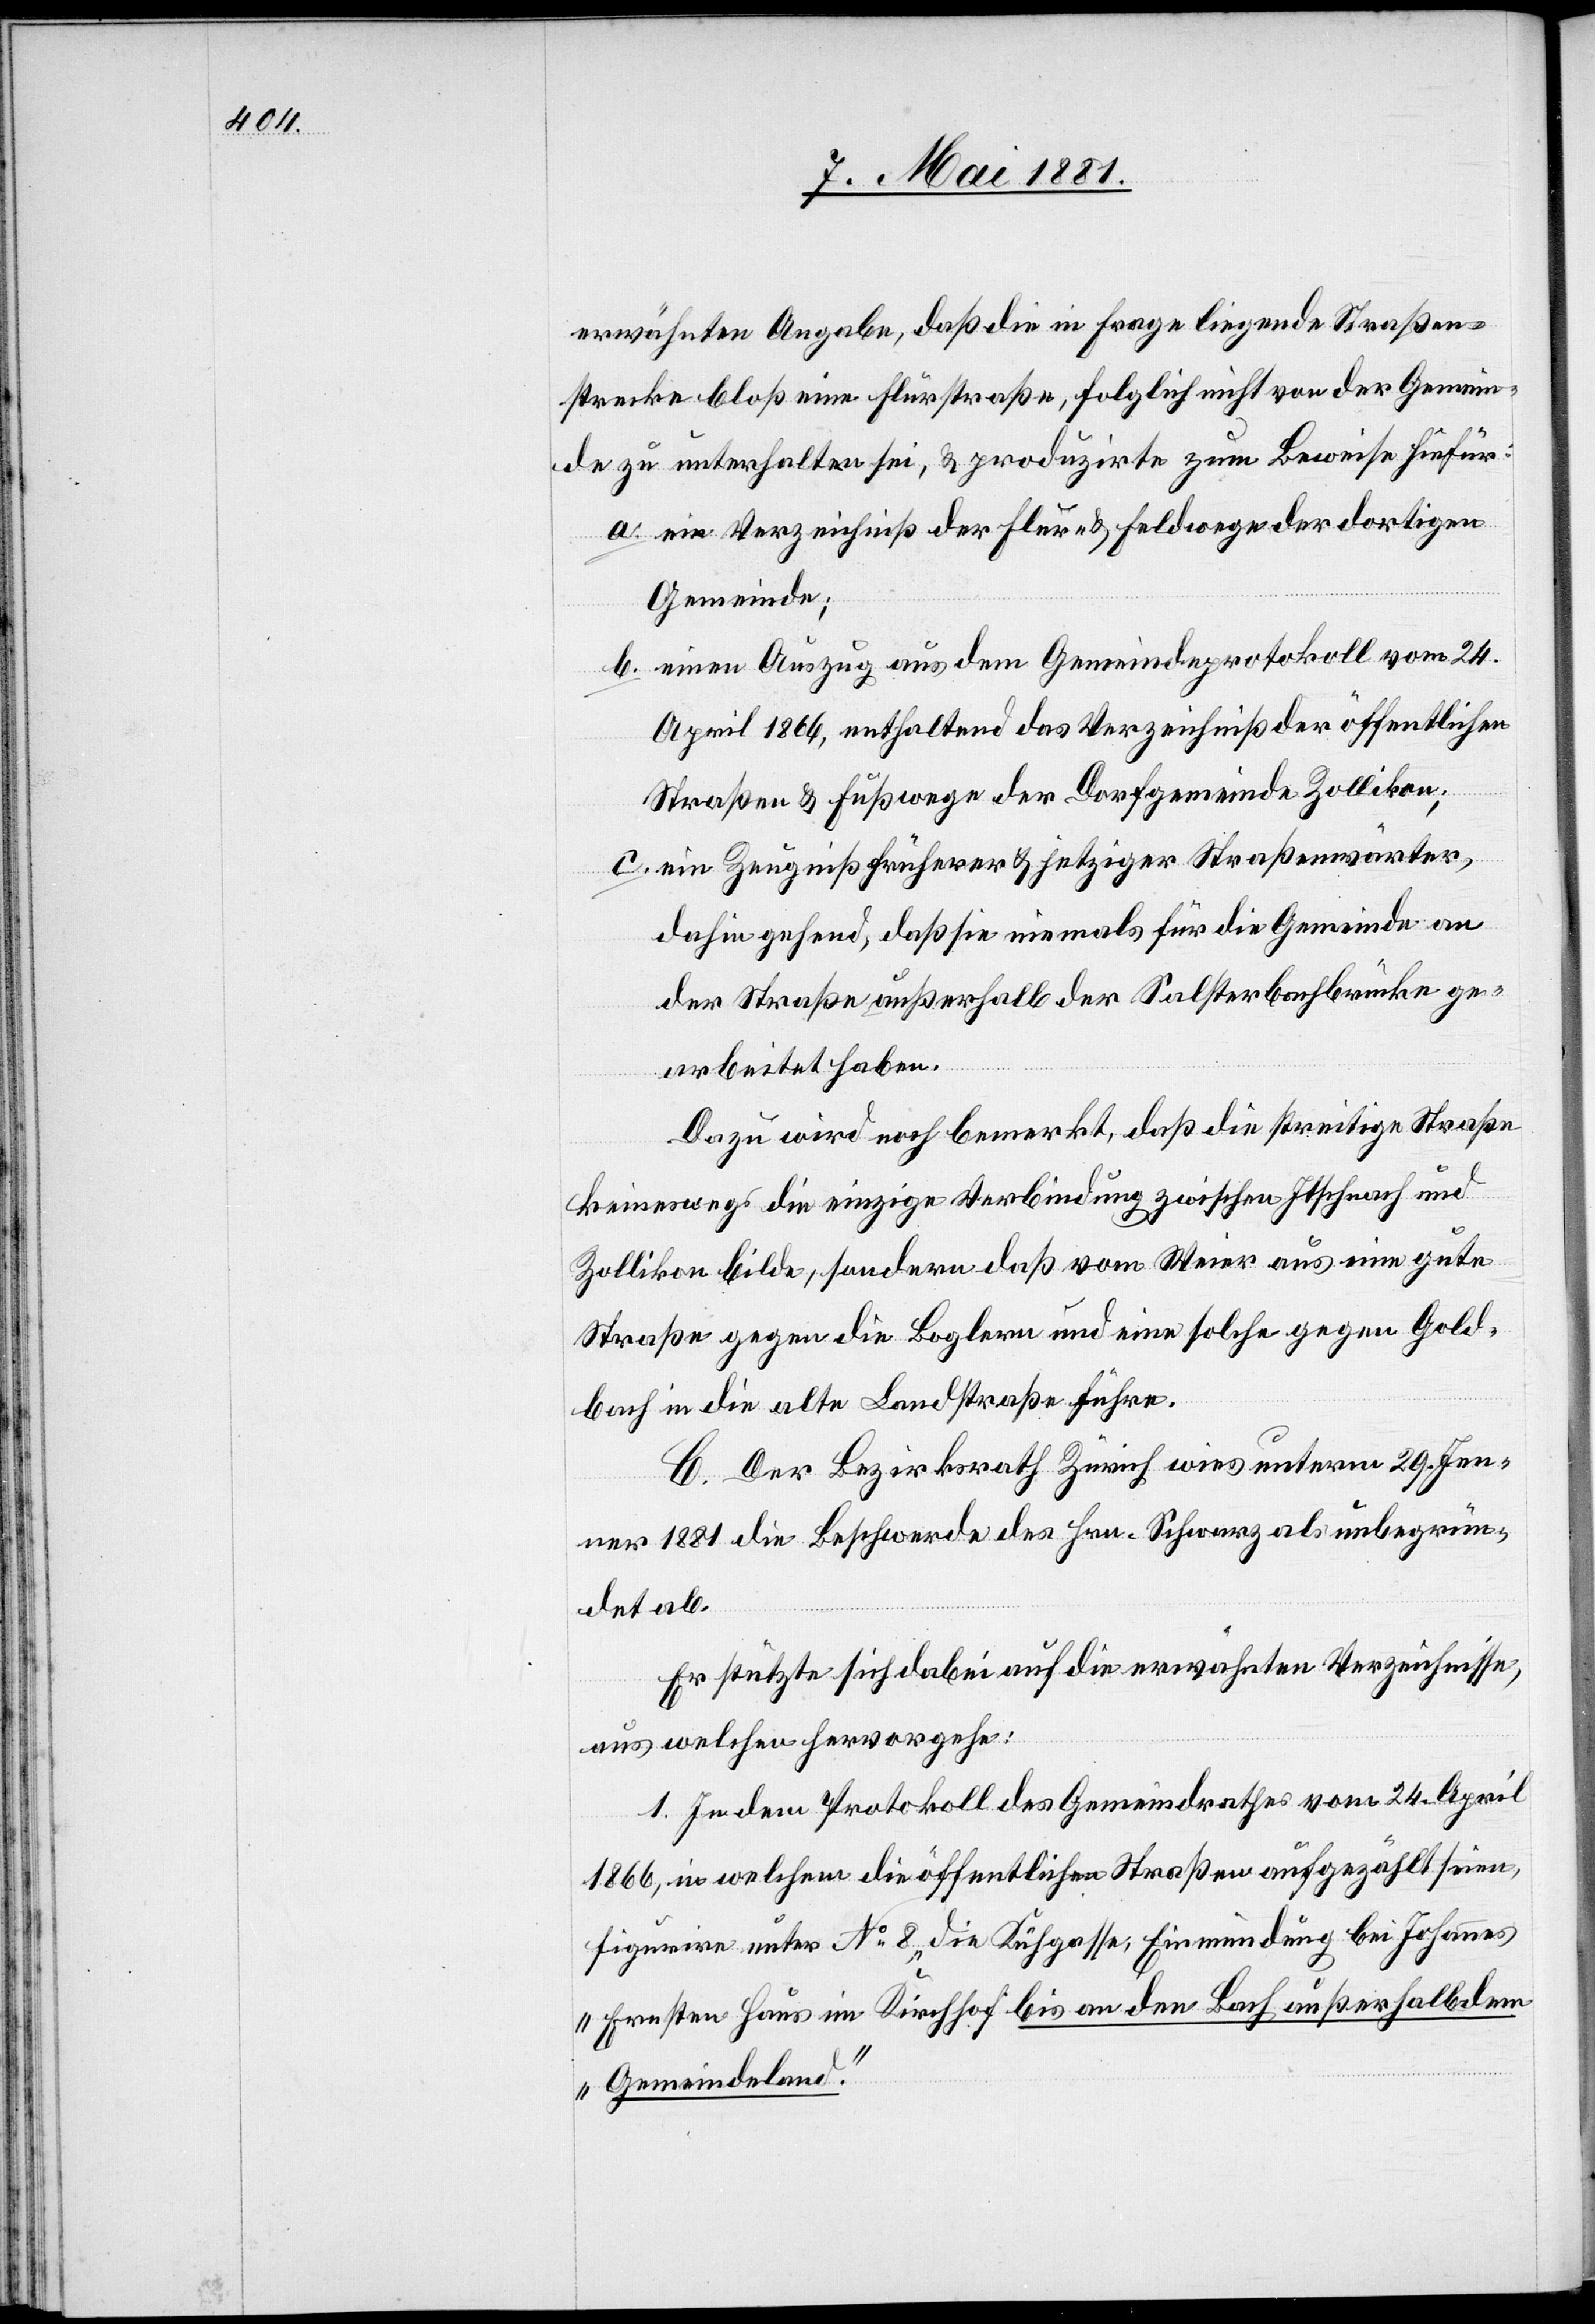
erwähnten Angabe, daß die in Frage liegende Straßen¬
strecke bloß eine Flurstraße, folglich nicht von der Gemein¬
de zu unterhalten sei, & produzirte zum Beweise hiefür:
a. ein Verzeichniß der Flur- & Feldwege der dortigen
Gemeinde;
b. einen Auszug aus dem Gemeindeprotokoll vom 24.
April 1864, enthaltend das Verzeichniß der öffentlichen
Straßen & Fußwege der Dorfgemeinde Zollikon;
c. ein Zeugniß früherer & jetziger Straßenwärter,
dahin gehend, daß sie niemals für die Gemeinde an
der Straße außerhalb der Salsterbachbrücke ge¬
arbeitet haben.
Dazu wird noch bemerkt, daß die streitige Straße
keineswegs die einzige Verbindung zwischen Itschnach und
Zollikon bilde, sondern daß vom Weier aus eine gute
Straße gegen die Boglern und eine solche gegen Gold¬
bach in die alte Landstraße führe.
C. Der Bezirksrath Zürich wies unterm 29. Jan¬
uar 1881 die Beschwerde des Hrn. Schwarz als unbegrün¬
det ab.
Er stützte sich dabei auf die erwähnten Verzeichnisse,
aus welchen hervorgehe:
1. In dem Protokoll des Gemeindrathes vom 24. April
1866, in welchem die öffentlichen Straßen aufgezählt seien,
figurire unter No 8 „die Kühgasse, Einmündung bei Johannes
Ernsten Haus im Kirchhof bis an den Bach außerhalb dem
Gemeindeland.“